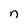
Character: n